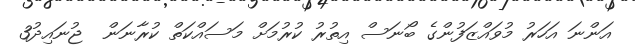
އަންނަ އަހަރު މުވައްޒަފުންގެ ބޯނަސް އިތުރު ކުރުމަށް މަސައްކަތް ކުރާނަން  ޖުނައިދު3